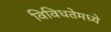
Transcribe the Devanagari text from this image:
विविधतेमध्ये